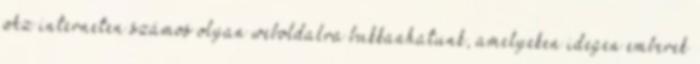
Az interneten számos olyan weboldalra bukkanhatunk, amelyeken idegen emberek